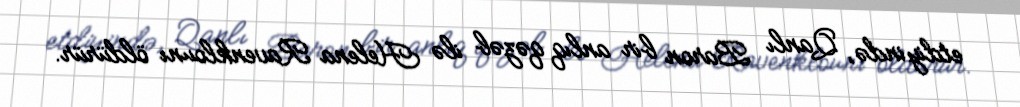
etdiyində, Qanlı Baron bir anlıq qəzəb ilə Helena Ravenklounı öldürür.